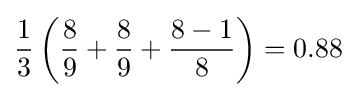
{\frac {1}{3}}\left({\frac {8}{9}}+{\frac {8}{9}}+{\frac {8-1}{8}}\right)=0.88